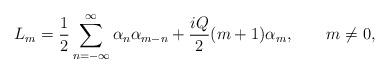
LaTeX: \begin{align*}L_m = \frac{1}{2} \sum_{n=-\infty}^\infty \alpha_n \alpha_{m-n}+ \frac{i Q}{2} (m+1) \alpha_m ,\qquad m \neq 0,\end{align*}